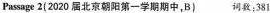
Passage 2(2020届北京朝阳第一学期期中,B) 词数;381